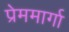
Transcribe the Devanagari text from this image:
प्रेममार्गा